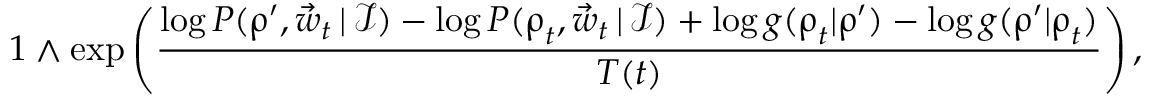
1 \wedge \exp \left( \frac { \log P ( \boldsymbol \uprho ^ { \prime } , \vec { w } _ { t } \, | \, \mathcal I ) - \log P ( \boldsymbol \uprho _ { t } , \vec { w } _ { t } \, | \, \mathcal I ) + \log g ( \boldsymbol \uprho _ { t } | \boldsymbol \uprho ^ { \prime } ) - \log g ( \boldsymbol \uprho ^ { \prime } | \boldsymbol \uprho _ { t } ) } { T ( t ) } \right) ,